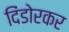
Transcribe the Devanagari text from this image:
दिंडोरकर